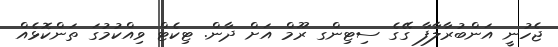
ޖެހުނީ އަންބުރާލާފާ ގޭގެ ސިޓިންގ ރޫމް އަށް ދާން. ޓިކެޓް ވިއްކުމުގަ ތަންކޮޅެއް